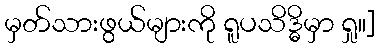
မှတ်သားဖွယ်များကို ရူပသိဒ္ဓိမှာ ရှု။]